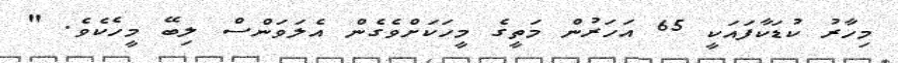
މިހާރު ކުޑަކާފައަކީ 65 އަހަރުން މަތީގެ މީހަކަށްވެގެން އެލަވަންސް ލިބޭ މީހެކެވެ. "